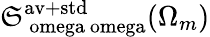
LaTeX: \mathfrak{S}_{\mathrm{{\ omega\ omega}}}^{\mathrm{{av+std}}}(\Omega_{m})